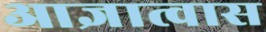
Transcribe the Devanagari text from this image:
आज्ञात्वास